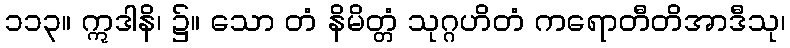
၁၁၃။ ဣဒါနိ၊ ၌။ သော တံ နိမိတ္တံ သုဂ္ဂဟိတံ ကရောတီတိအာဒီသု၊